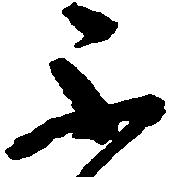
不